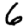
Digit: 6